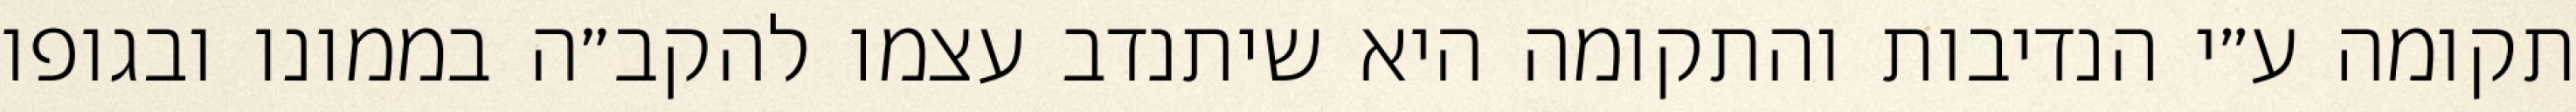
תקומה ע״י הנדיבות והתקומה היא שיתנדב עצמו להקב״ה בממונו ובגופו